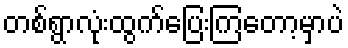
တစ်ရွာလုံးထွက်ပြေးကြတော့မှာပဲ